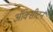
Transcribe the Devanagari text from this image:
ऑक्सीटन